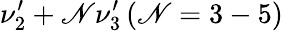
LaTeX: \nu_{2}^{\prime}+\mathscr{N}\nu_{3}^{\prime}\, (\mathscr{N}=3-5)